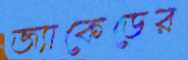
জ্যাকেডের